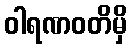
ဝါရဏဝတိမှိ